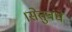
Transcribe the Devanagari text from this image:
।सेतुबंधे